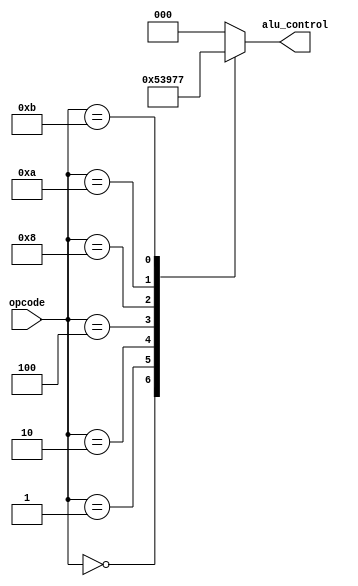
`timescale 1ns/1ns

module ALU_Control (
    input [3:0] opcode,
    output [2:0] alu_control
);
    reg [2:0] alu_c;
    always @(*) begin
        alu_c = 3'b000;
        case (opcode)
            4'b0000: alu_c = 3'b001; //ADD
            4'b0001: alu_c = 3'b010; //XOR
            4'b0010: alu_c = 3'b011; //SUB
            4'b0100: alu_c = 3'b100; //ADD
            4'b1000: alu_c = 3'b101; //ORR (Bitwise OR)
            4'b1010: alu_c = 3'b110; //LSL (Logical Shift Left)
            4'b1011: alu_c = 3'b111; //LSR (Logical Shift Right) 
        endcase
    end
    assign alu_control = alu_c;
      
endmodule